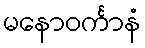
မနောဝင်္ကာနံ